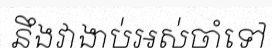
នឹងវាងាប់អស់ចាំទៅ